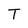
Character: T